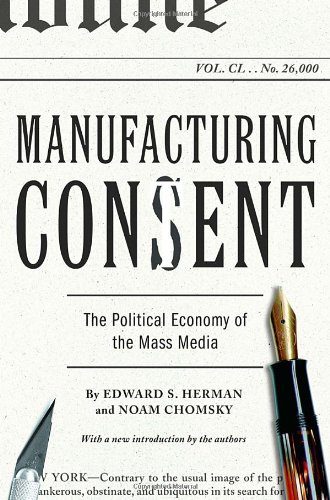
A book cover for Manufacturing Consent: The Political Economy of the Mass Media; Edward S. Herman; Business & Money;